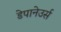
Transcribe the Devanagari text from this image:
डेपानेउर्स